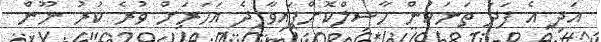
އަދި އެ ފަދަ ތަނަކުން ހާސިލްކޮށްފައިވާ ދެ އަހަރަށް ވުރެ ކުރު ނޫން